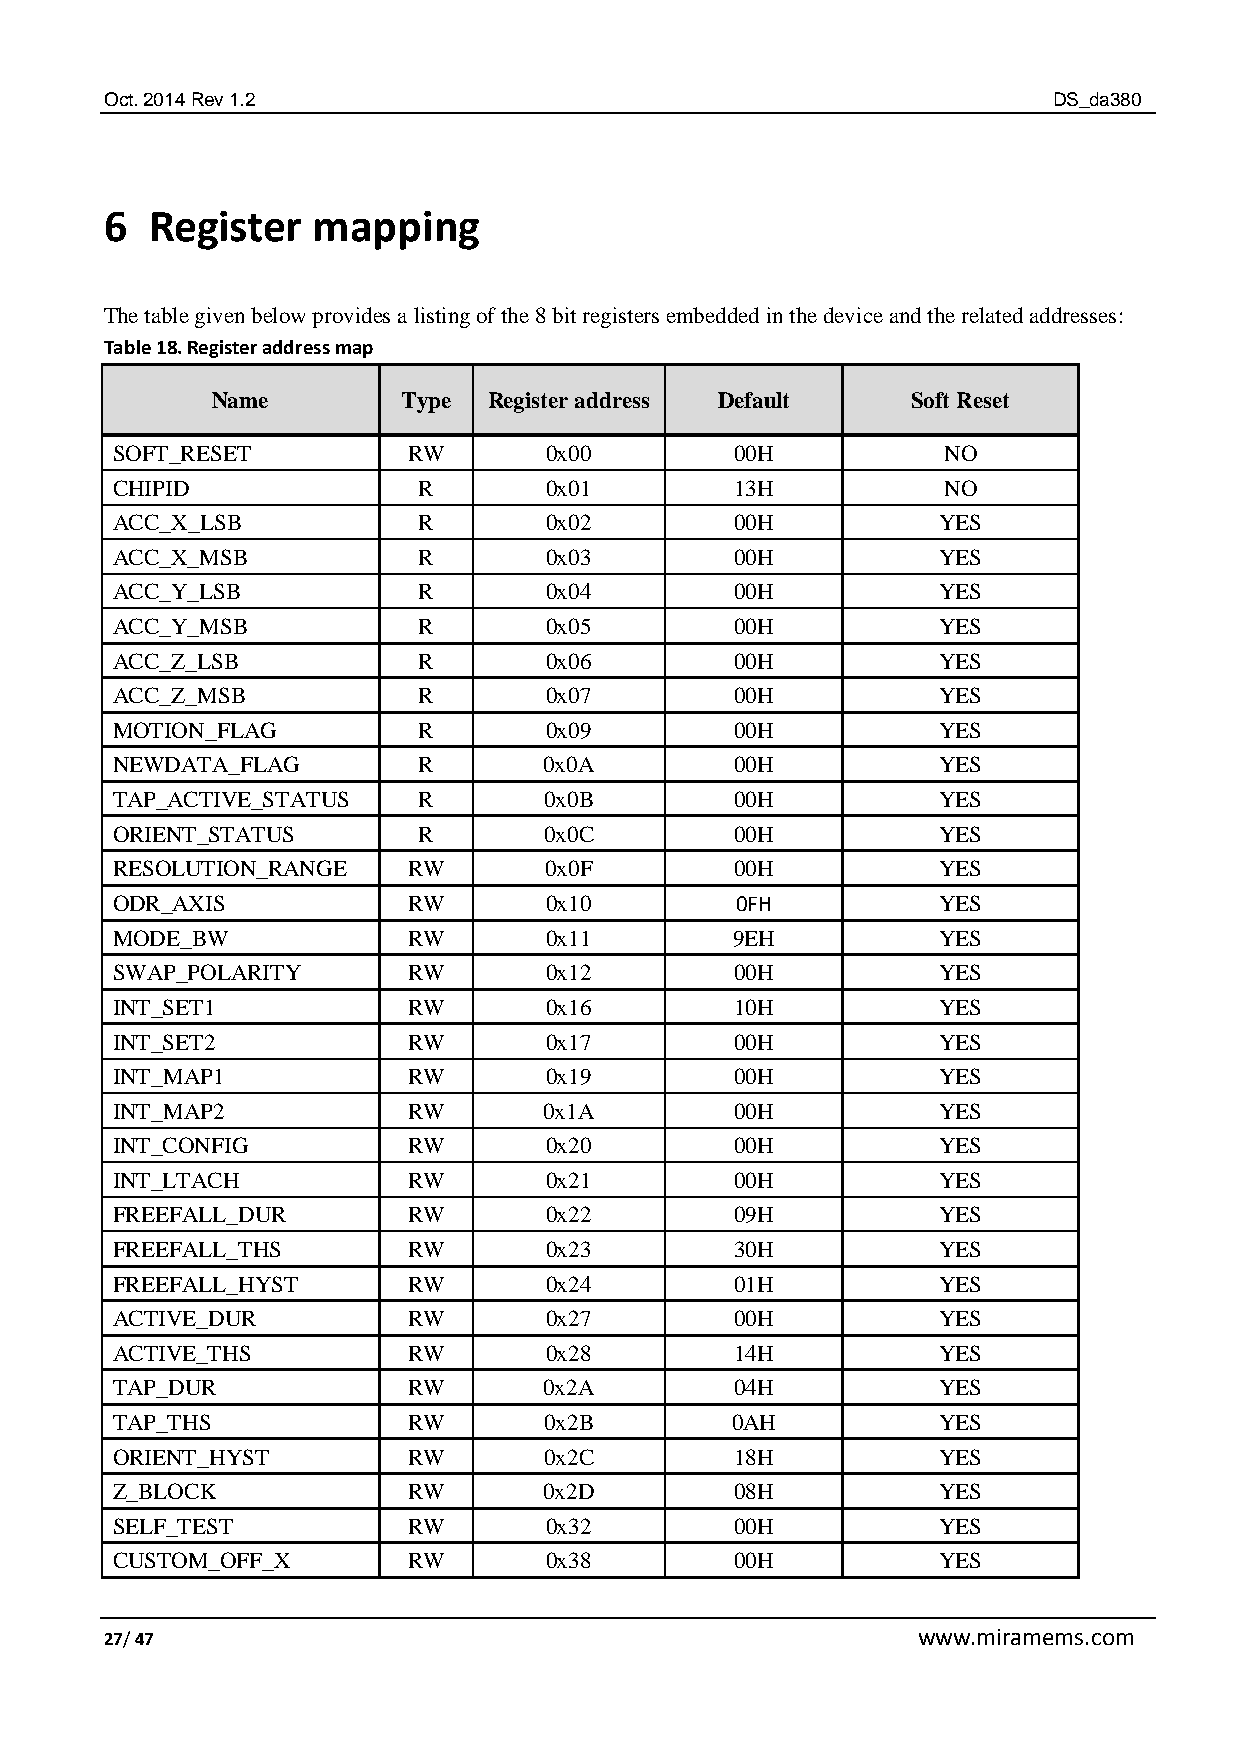
Oct. 2014 Rev 1.2                                              DS_da380
 6  Register   mapping
 The table given below provides a listing of the 8 bit registers embedded in the device and the related addresses:
 Table 18. Register address map
 Name         Type Register address Default    Soft Reset
 SOFT_RESET          RW       0x00         00H          NO
 CHIPID               R       0x01         13H          NO
 ACC_X_LSB            R       0x02         00H          YES
 ACC_X_MSB            R       0x03         00H          YES
 ACC_Y_LSB            R       0x04         00H          YES
 ACC_Y_MSB            R       0x05         00H          YES
 ACC_Z_LSB            R       0x06         00H          YES
 ACC_Z_MSB            R       0x07         00H          YES
 MOTION_FLAG          R       0x09         00H          YES
 NEWDATA_FLAG         R       0x0A         00H          YES
 TAP_ACTIVE_STATUS    R       0x0B         00H          YES
 ORIENT_STATUS        R       0x0C         00H          YES
 RESOLUTION_RANGE    RW       0x0F         00H          YES
 ODR_AXIS            RW       0x10         0FH          YES
 MODE_BW             RW       0x11        9EH           YES
 SWAP_POLARITY       RW       0x12         00H          YES
 INT_SET1            RW       0x16         10H          YES
 INT_SET2            RW       0x17         00H          YES
 INT_MAP1            RW       0x19         00H          YES
 INT_MAP2            RW       0x1A         00H          YES
 INT_CONFIG          RW       0x20         00H          YES
 INT_LTACH           RW       0x21         00H          YES
 FREEFALL_DUR        RW       0x22         09H          YES
 FREEFALL_THS        RW       0x23         30H          YES
 FREEFALL_HYST       RW       0x24         01H          YES
 ACTIVE_DUR          RW       0x27         00H          YES
 ACTIVE_THS          RW       0x28         14H          YES
 TAP_DUR             RW       0x2A         04H          YES
 TAP_THS             RW       0x2B        0AH           YES
 ORIENT_HYST         RW       0x2C         18H          YES
 Z_BLOCK             RW       0x2D         08H          YES
 SELF_TEST           RW       0x32         00H          YES
 CUSTOM_OFF_X        RW       0x38         00H          YES
 27/ 47                                                www.miramems.com